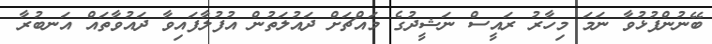
ބޭނުންފުޅުވާ ނަމަ މިހާރު ރައީސް ނަޝީދުގެ މައްޗަށް ދައުލަތުން އުފުލާފައިވާ ދައުވާތައް އަނބުރާ